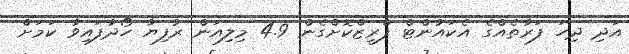
އަދި ދިހަ ފަރާތެއްގެ އެކައުންޓް ފްރީޒްކޮށްގެން 4.9 މިލިއަން ރުފިޔާ ހޯދާފައިވާ ކަމަށް